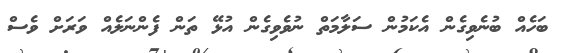
ބަހެއް ބުނެވިގެން އެކަމުން ސަލާމަތް ނުވެވިގެން އުޅޭ ތަން ފެންނަލެއް ވަރަށް ވެސް